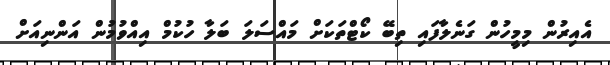
އެއިރުން މިމީހުން ގަނެލާފައި ތިބޭ ކޯޓްތަކަށް މައްސަލަ ބަލާ ހުކުމް އިއްވުމުން އަންނިއަށް